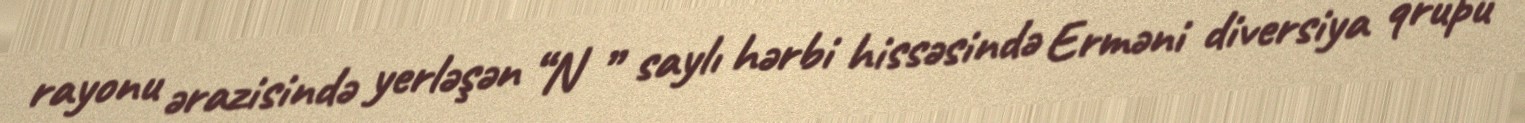
rayonu ərazisində yerləşən “N ” saylı hərbi hissəsində Erməni diversiya qrupu